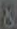
&